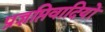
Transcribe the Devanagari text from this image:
प्रज्ञप्तिवादियों